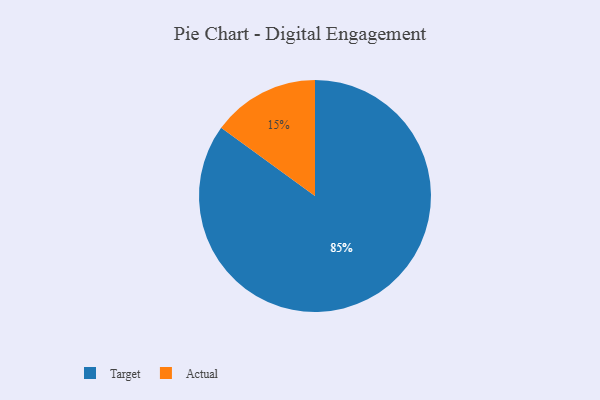
{"axis": {"x": "Category", "y": "Percentage"}, "legend": ["Actual", "Target"], "data": [{"x": "Target", "y": 85, "type": "Target"}, {"x": "Actual", "y": 15, "type": "Actual"}]}